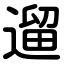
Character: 遛